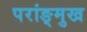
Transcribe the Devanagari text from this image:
परांङ्‌मुख